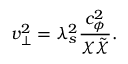
v _ { \perp } ^ { 2 } = \lambda _ { s } ^ { 2 } \frac { c _ { \phi } ^ { 2 } } { \chi \tilde { \chi } } .